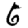
Digit: 6